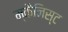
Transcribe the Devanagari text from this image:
म्कैनिस्ट